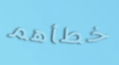
خطأهم